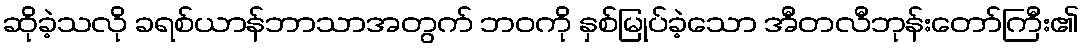
ဆိုခဲ့သလို ခရစ်ယာန်ဘာသာအတွက် ဘဝကို နှစ်မြုပ်ခဲ့သော အီတလီဘုန်းတော်ကြီး၏